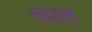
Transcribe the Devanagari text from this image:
ताउल